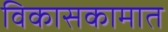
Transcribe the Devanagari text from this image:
विकासकामात